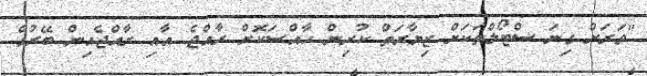
"ވަރަށް ގިނަ ސްޓޯލްތަކަށް ޒިޔާރަތް ކުރިން ހާއްސަކޮށް ރާއްޖެ އާއި ރާއްޖެއިން ބޭރުގެ